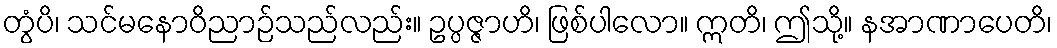
တွံပိ၊ သင်မနောဝိညာဉ်သည်လည်း။ ဥပ္ပဇ္ဇာဟိ၊ ဖြစ်ပါလော။ ဣတိ၊ ဤသို့။ နအာဏာပေတိ၊